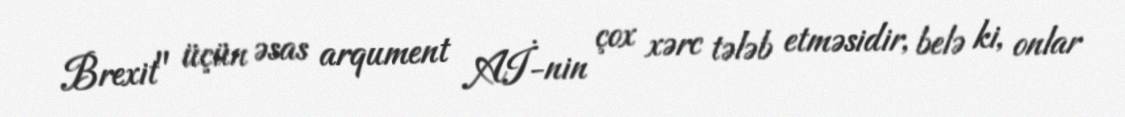
Brexit" üçün əsas arqument Aİ-nin çox xərc tələb etməsidir, belə ki, onlar